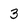
Character: 3